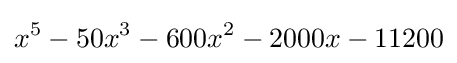
x^{5}-50x^{3}-600x^{2}-2000x-11200